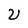
Character: U